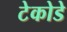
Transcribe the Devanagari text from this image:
टेकोडे